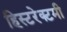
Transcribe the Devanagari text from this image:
हिस्टरेक्टमी